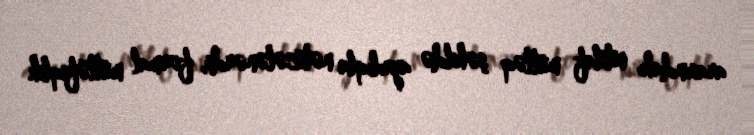
arasındakı ixtilaf mütləq şəkildə ayrılıqla nəticələnərdi, formal müttəfiqlik